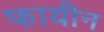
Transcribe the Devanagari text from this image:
फायीन